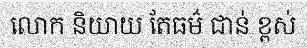
លោក និយាយ តែធម៌ ជាន់ ខ្ពស់